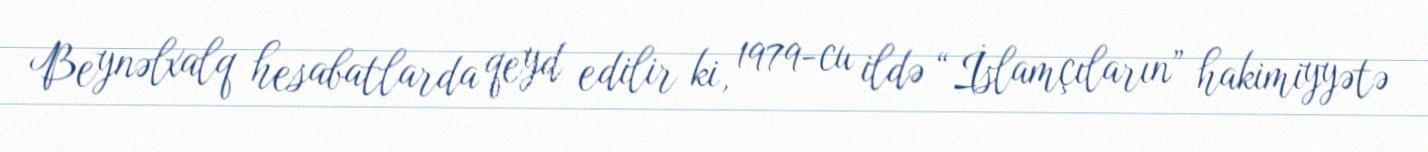
Beynəlxalq hesabatlarda qeyd edilir ki, 1979-cu ildə “İslamçıların” hakimiyyətə